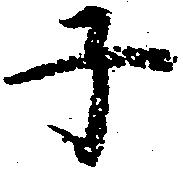
子